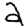
Digit: 2